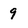
Character: 9